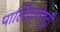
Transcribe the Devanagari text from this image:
पार्लियामेण्ट्री